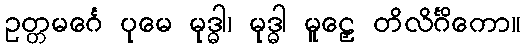
ဥတ္တမင်္ဂေ ပုမေ မုဒ္ဓါ၊ မုဒ္ဓါ မူဠှေ တိလိင်္ဂိကော။